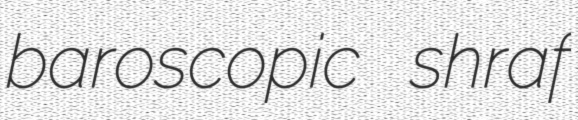
baroscopic shraf